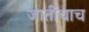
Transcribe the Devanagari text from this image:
जातींचाच